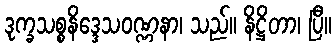
ဒုက္ခသစ္စနိဒ္ဒေသဝဏ္ဏနာ၊ သည်။ နိဋ္ဌိတာ၊ ပြီ။